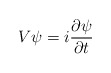
\begin{align*}V \psi = i\frac{\partial\psi}{\partial t} \end{align*}